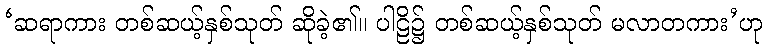
‘ဆရာကား တစ်ဆယ့်နှစ်သုတ် ဆိုခဲ့၏။ ပါဠိ၌ တစ်ဆယ့်နှစ်သုတ် မလာတကား’ဟု